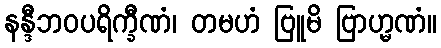
နန္ဒီဘဝပရိက္ခီဏံ၊ တမဟံ ဗြူမိ ဗြာဟ္မဏံ။